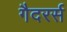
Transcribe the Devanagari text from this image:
गैदरर्स